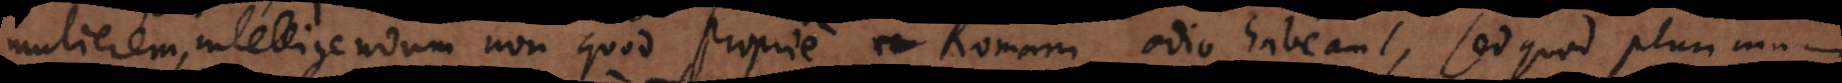
mulierem, intelligendum non quod proprie Romam odio habeant, sed quod plurimum